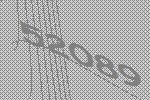
52089